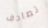
تصادف